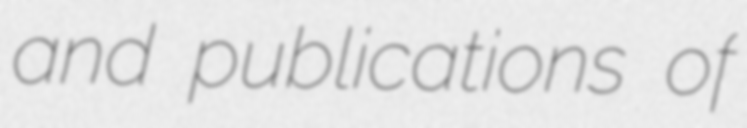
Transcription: and publications of